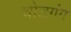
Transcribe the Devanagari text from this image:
चोडगंग